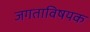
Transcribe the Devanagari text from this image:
जगताविषयक